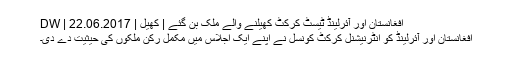
افغانستان اور آئرلینڈ ٹیسٹ کرکٹ کھیلنے والے ملک بن گئے | کھیل | DW | 22.06.2017
افغانستان اور آئرلینڈ کو انٹرنیشنل کرکٹ کونسل نے اپنے ایک اجلاس میں مکمل رکن ملکوں کی حیثیت دے دی۔